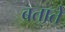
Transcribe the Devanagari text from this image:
बतातेे